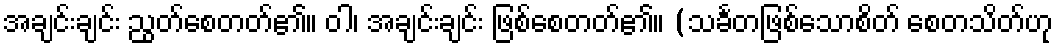
အချင်းချင်း ညွတ်စေတတ်၏။ ဝါ၊ အချင်းချင်း ဖြစ်စေတတ်၏။ (သင်္ခတဖြစ်သောစိတ် စေတသိတ်ဟု